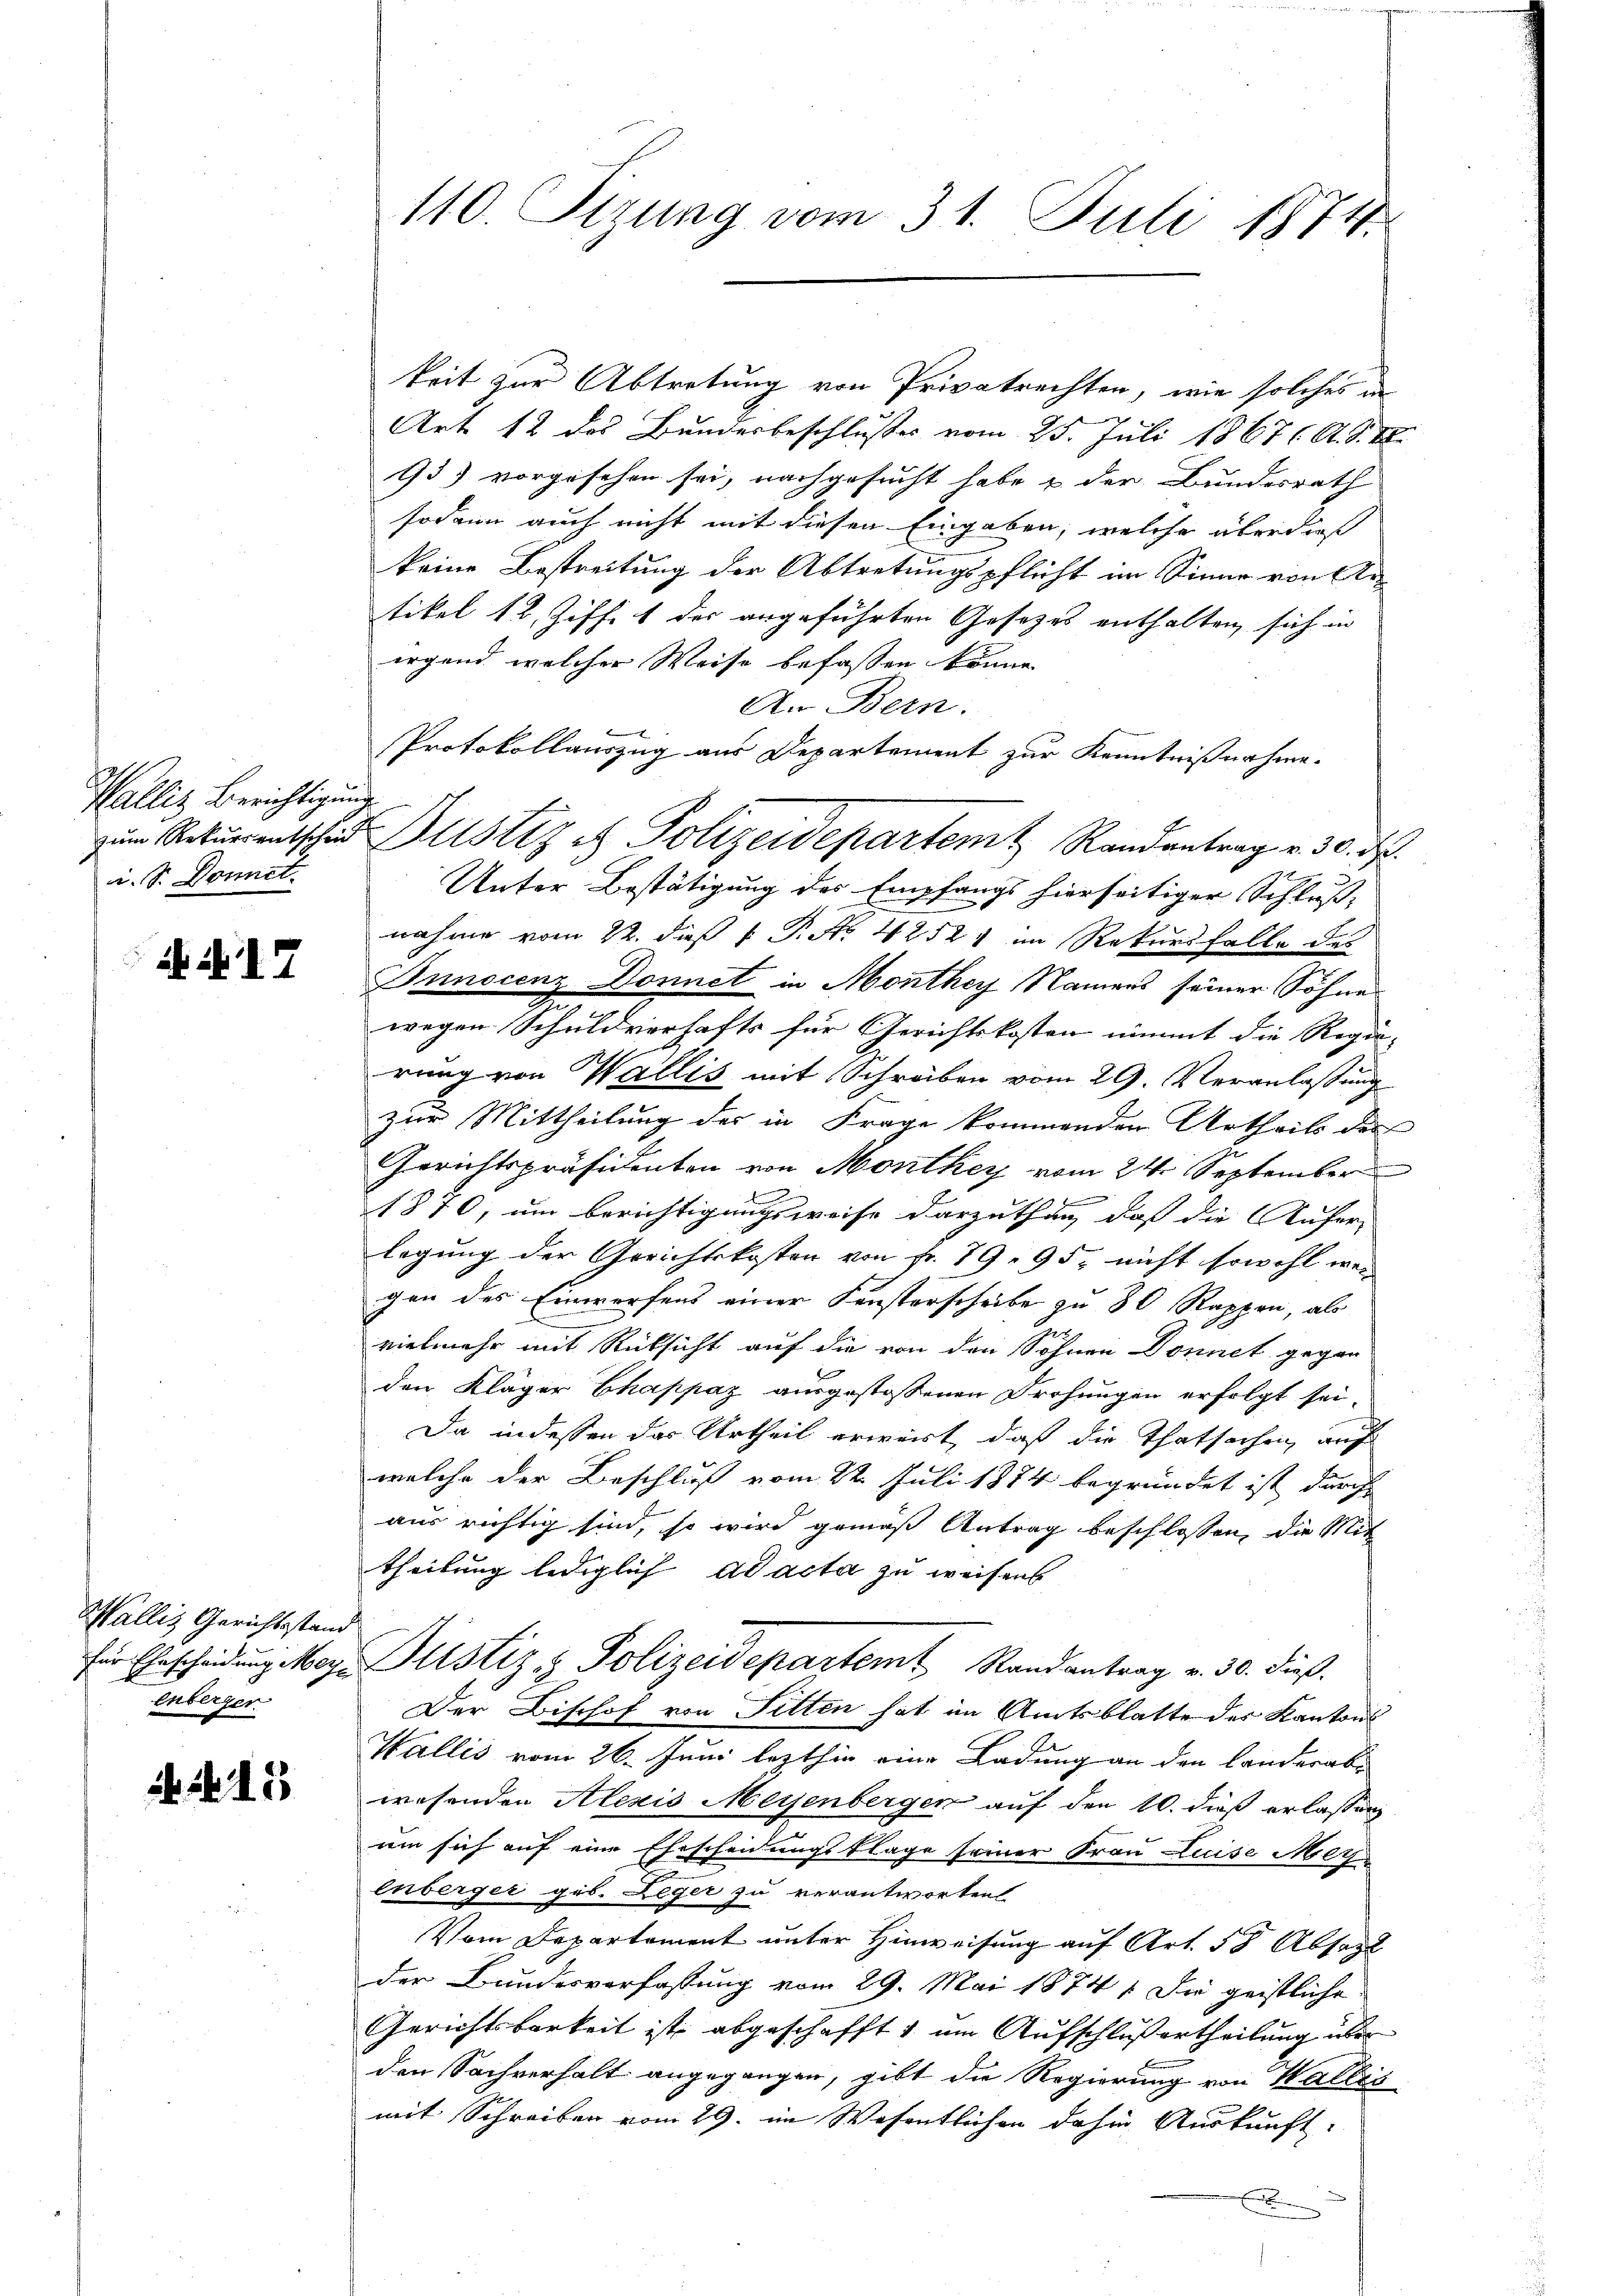
Walliz Berichtigung
i. S. Donnet.

ii 17

Wallis Gerichtsstand
enberger

15

110. Sizung vom 31. Juli 1874.

keit zur Abtretung von Privatrechten, wie solches in
Art. 12 des Bundesbeschlußes vom 25. Juli 1867 ( A. S. 1
93) vorgesehen sei, nachgesucht habe & der Bundesrath |
sodann auch nicht mit diesen Eingaben, welche überdieß
keine Bestreitung der Abtretungspflicht im Sinne von Antikel 12. Ziff. 1 des angeführten Gesetzes enthalten sich in
irgend welcher Weise befassen könne.
An Bern.
Protokollauszug aus Departement zur Kenntnißnahme.
Unter Bestätigung des Empfangs hierseitiger Schluß-
nahme vom 22. dieß P. P. Nr. 42521 im Rekursfalle des
Innocenz Donnet in Monthey Namens seiner Söhne
u
wegen Schuldverhafts für Gerichtskosten nimmt die Regie- |
rung von Wallis mit Schreiben vom 29. Veranlassung
zur Mittheilung des in Frage kommenden Urtheils der
Gerichtspräsidenten von Monthey vom 24. September
1870, um Berichtigungsweise darzuthun, daß die Aufer- |
legung der Gerichtskosten von Fr. 79. 95. nicht sowohl weg
gen des Einwerfens einer Fensterscheibe zu 80 Rappen, als
vielmehr mit Rücksicht auf die von den Söhnen Donnet gegen-
den Kläger Chappaz ausgestoßenen Drohungen erfolgt sei.
Da indessen das Urtheil erwart, daß die Thatsachen auf
welche der Beschluß vom 22. Juli 1874 begründet ist durch
aus richtig sind, so wird gemäß Antrag beschlossen, die Mit
theilung lediglich ad acta zu weisens
für Ehrscheidŭng Mag. Justiz & Polizeidepartemt Randantrag v. 30. dieß.
Der Bischof von Sitten hat im Amtsblatte des Kantons
Wallis vom 26. Juni lezthin eine Ladung an den Landerabe
wesenden Alexis Meyenbergen auf den 10. dieß erlassung
um sich auf eine Ehescheidungsklage seiner Frau Luise Meyenberger geb. Leger zu verantworten
Vom Departement unter Hinweisung auf Art. 58 Absact
der Bundesverfassung vom 29. Mai 1874 1. Die geistliche
Gerichtsbarkeit ist abgeschafft, um Aufschluß ertheilung über
den Sachverhalt angegangen, gibt die Regierung von Wallis
mit Schreiben vom 29. im Wesentlichen dahin Auskunft
x

zum Rekŭrentschad Justiz es Polizeidepartem Randantrag v. 30. ds.